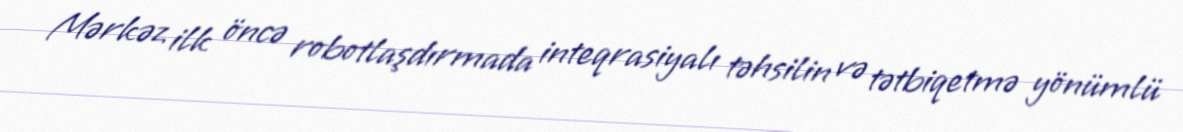
Mərkəz ilk öncə robotlaşdırmada inteqrasiyalı təhsilin və tətbiqetmə yönümlü